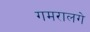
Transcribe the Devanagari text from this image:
गमरालगे